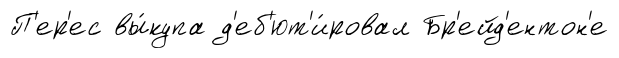
П'ер'ес вы́купа д'еб'ют'и́ровал Бр'ейд'ентон'е